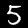
Digit: 5